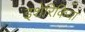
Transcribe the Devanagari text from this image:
इशेरिकिया